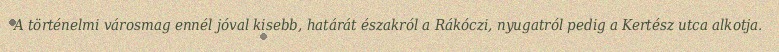
A történelmi városmag ennél jóval kisebb, határát északról a Rákóczi, nyugatról pedig a Kertész utca alkotja.